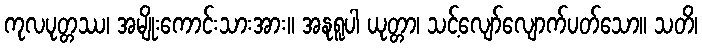
ကုလပုတ္တဿ၊ အမျိုးကောင်းသားအား။ အနုရူပါ ယုတ္တာ၊ သင့်လျော်လျောက်ပတ်သော။ သတိ၊